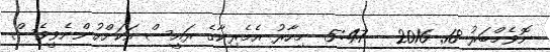
ނޮވެމްބަރު 18